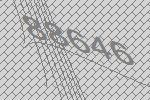
88646